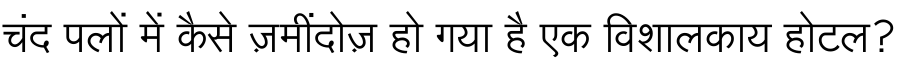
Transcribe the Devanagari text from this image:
चंद पलों में कैसे ज़मींदोज़ हो गया है एक विशालकाय होटल?